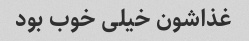
غذاشون خیلی خوب بود